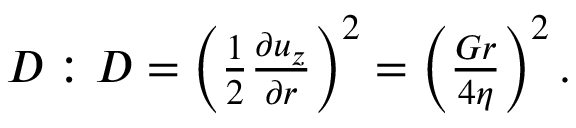
\begin{array} { r } { D : D = \left( \frac { 1 } { 2 } \frac { \partial u _ { z } } { \partial r } \right) ^ { 2 } = \left( \frac { G r } { 4 \eta } \right) ^ { 2 } . } \end{array}